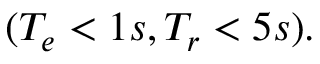
( T _ { e } < 1 s , T _ { r } < 5 s ) .